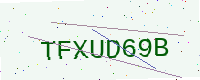
Text: TFXUD69B